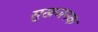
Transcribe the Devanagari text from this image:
सुखजनक